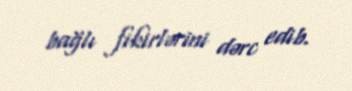
bağlı fikirlərini dərc edib.